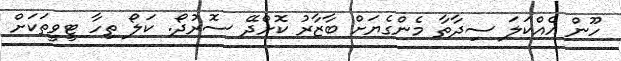
ހޫން އެއްކަލަ ސިދާތާ މެންގެޔަށް ބާޒާރު ކޮށްދޭ ސޮރުދޯ. ކަލޯ ތިހާ ޓީވީތަކަށް